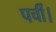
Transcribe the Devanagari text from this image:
पर्ची।